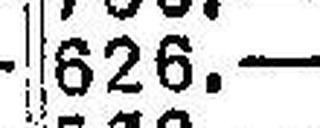
626.—